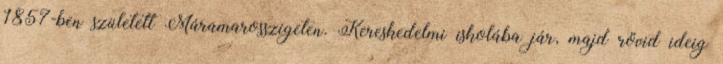
1857-ben született Máramarosszigeten. Kereskedelmi iskolába jár, majd rövid ideig